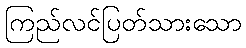
ကြည်လင်ပြတ်သားသော